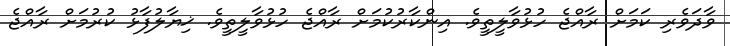
ވާދަވެރި ކަމަށް ރާއްޖެ ހުޅުވާލީތީވެ. އިންކާރުކުމަށް ރާއްޖެ ހުޅުވާލީތީވެ. ޚިޔާލުފާޅު ކުރުމަށް ރާއްޖެ